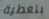
بتغطية